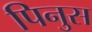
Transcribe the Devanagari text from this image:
पिनुस